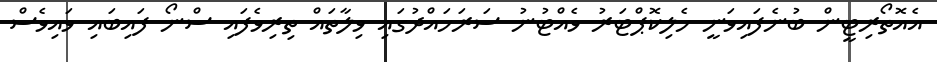
އެއޮތޯރިޓީން ބުނެފައިވަނީ ހެލިކޮޕްޓަރު ވެއްޓުނު ސަރަހައްދުގައި ވިލާތައް ތިރިވެފައި ސްނޯ ފައިބައި ވައިވެސް